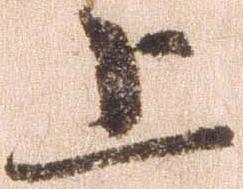
上